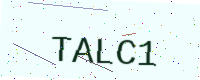
Text: TALC1